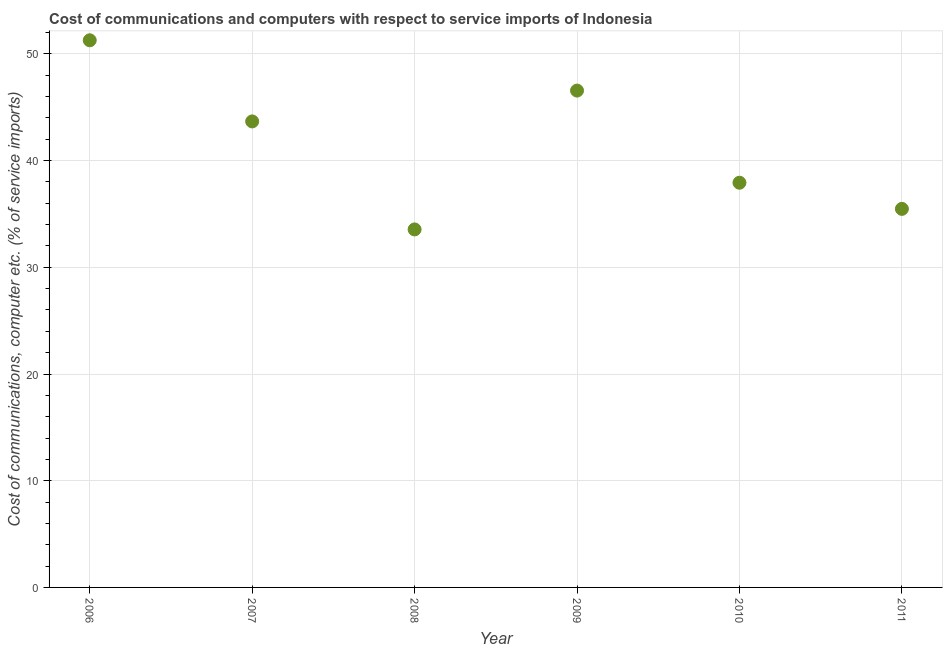
| Year | Communications |
 | --- | --- |
 | 2006 | 51.3 |
 | 2007 | 43.7 |
 | 2008 | 33.6 |
 | 2009 | 46.6 |
 | 2010 | 37.9 |
 | 2011 | 35.5 |